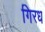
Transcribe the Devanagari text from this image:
गिरध